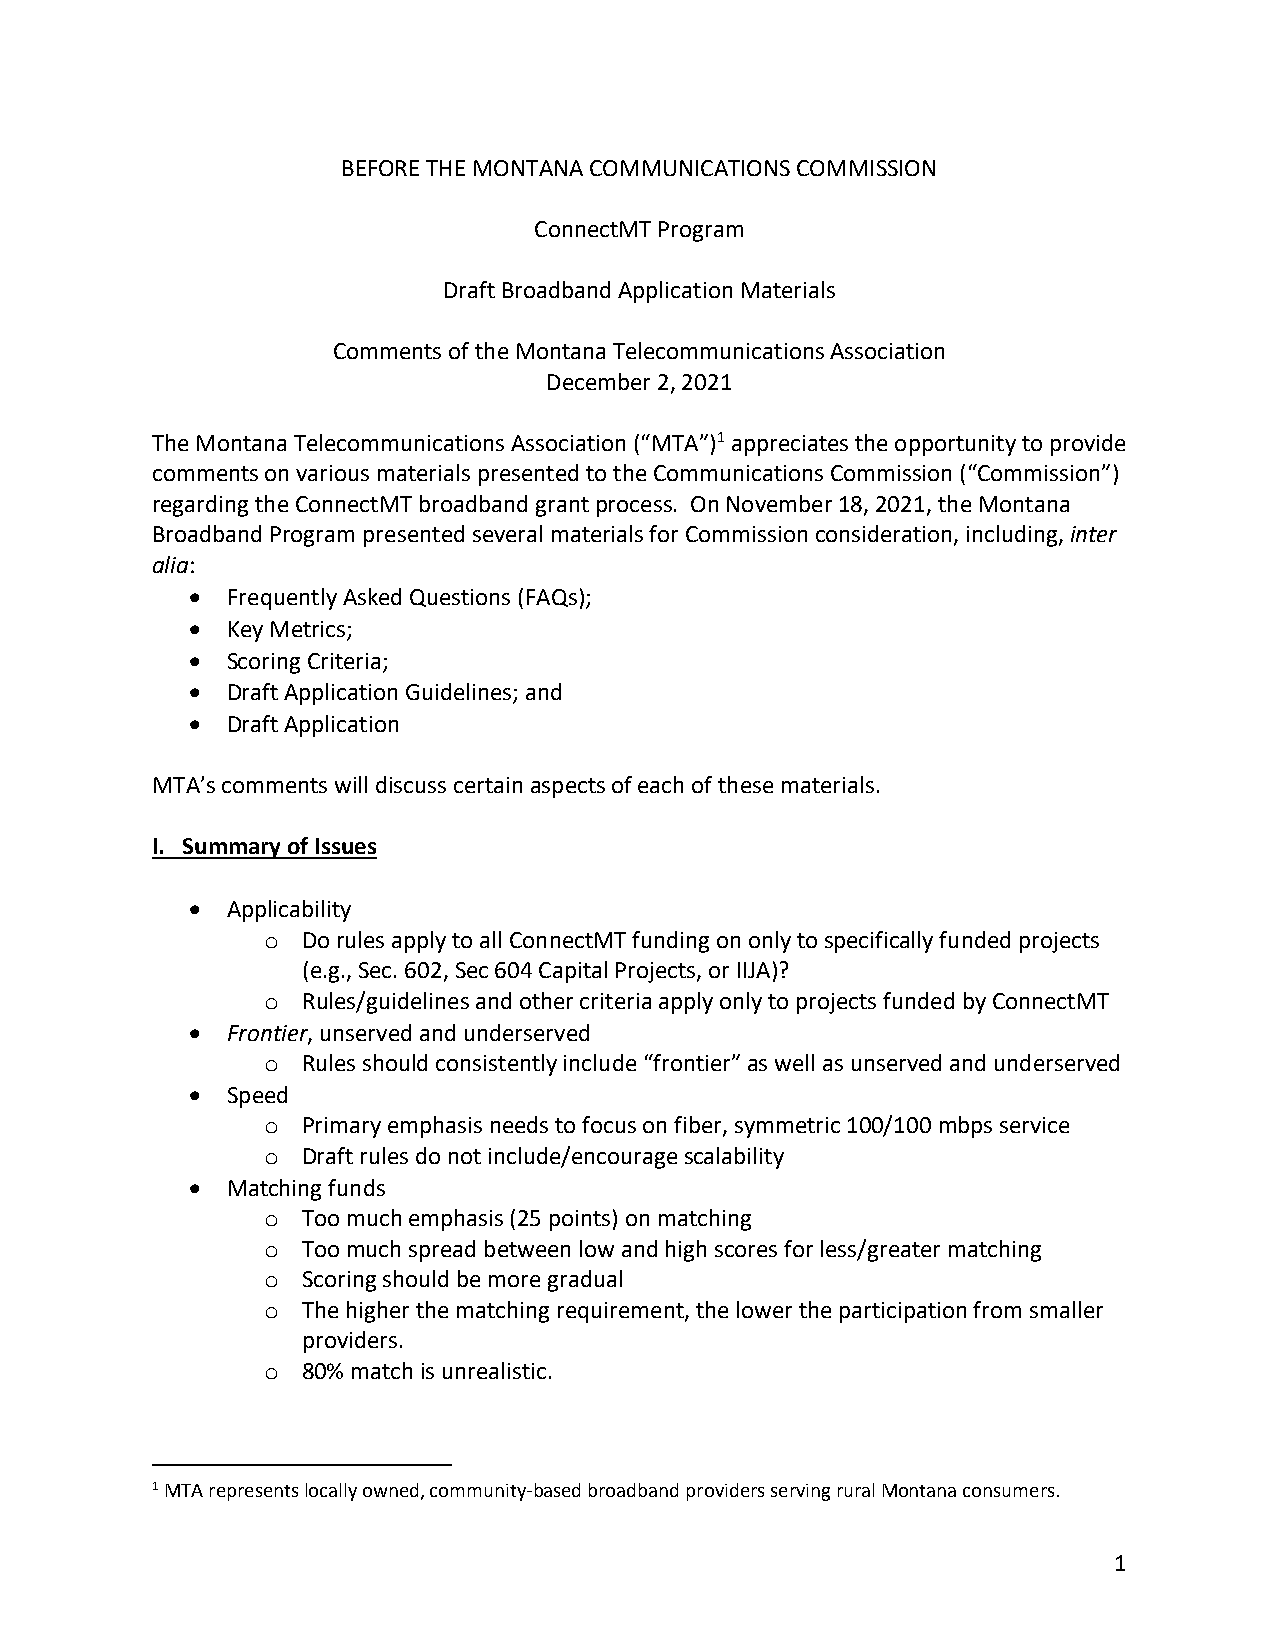
BEFORE THE MONTANA COMMUNICATIONS COMMISSION
 ConnectMT Program
 Draft Broadband Application Materials
 Comments of the Montana Telecommunications Association
 December 2, 2021
 The Montana Telecommunications Association (“MTA”)1 appreciates the opportunity to provide
 comments on various materials presented to the Communications Commission (“Commission”)
 regarding the ConnectMT broadband grant process. On November 18, 2021, the Montana
 Broadband Program presented several materials for Commission consideration, including, inter
 alia:
 • Frequently Asked Questions (FAQs);
 • Key Metrics;
 • Scoring Criteria;
 • Draft Application Guidelines; and
 • Draft Application
 MTA’s comments will discuss certain aspects of each of these materials.
 I. Summary of Issues
 • Applicability
 o Do rules apply to all ConnectMT funding on only to specifically funded projects
 (e.g., Sec. 602, Sec 604 Capital Projects, or IIJA)?
 o Rules/guidelines and other criteria apply only to projects funded by ConnectMT
 • Frontier, unserved and underserved
 o Rules should consistently include “frontier” as well as unserved and underserved
 • Speed
 o Primary emphasis needs to focus on fiber, symmetric 100/100 mbps service
 o Draft rules do not include/encourage scalability
 • Matching funds
 o Too much emphasis (25 points) on matching
 o Too much spread between low and high scores for less/greater matching
 o Scoring should be more gradual
 o The higher the matching requirement, the lower the participation from smaller
 providers.
 o 80% match is unrealistic.
 1 MTA represents locally owned, community-based broadband providers serving rural Montana consumers.
 1